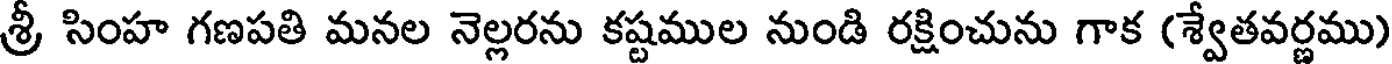
శ్రీ సింహ గణపతి మనల నెల్లరను కష్టముల నుండి రక్షించును గాక (శ్వేతవర్ణము)